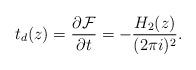
LaTeX: \begin{align*}t_d(z)=\frac{\partial {\cal F}}{\partial t}=-\frac{H_2(z)}{(2\pi i)^2}.\end{align*}